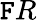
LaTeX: \mathtt{F}R